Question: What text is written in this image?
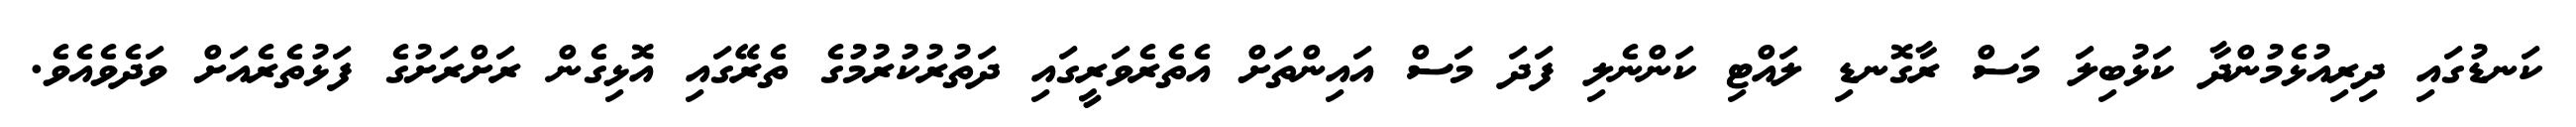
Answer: ކަނޑުގައި ދިރިއުޅެމުންދާ ކަޅުބިލަ މަސް ރާގޮނޑި ލައްޓި ކަންނެލި ފަދަ މަސް އައިންތަށް އެތެރެވަރީގައި ދަތުރުކުރުމުގެ ތެރޭގައި އޮޅިގެން ރަށްރަށުގެ ފަޅުތެރެއަށް ވަދެވެއެވެ.